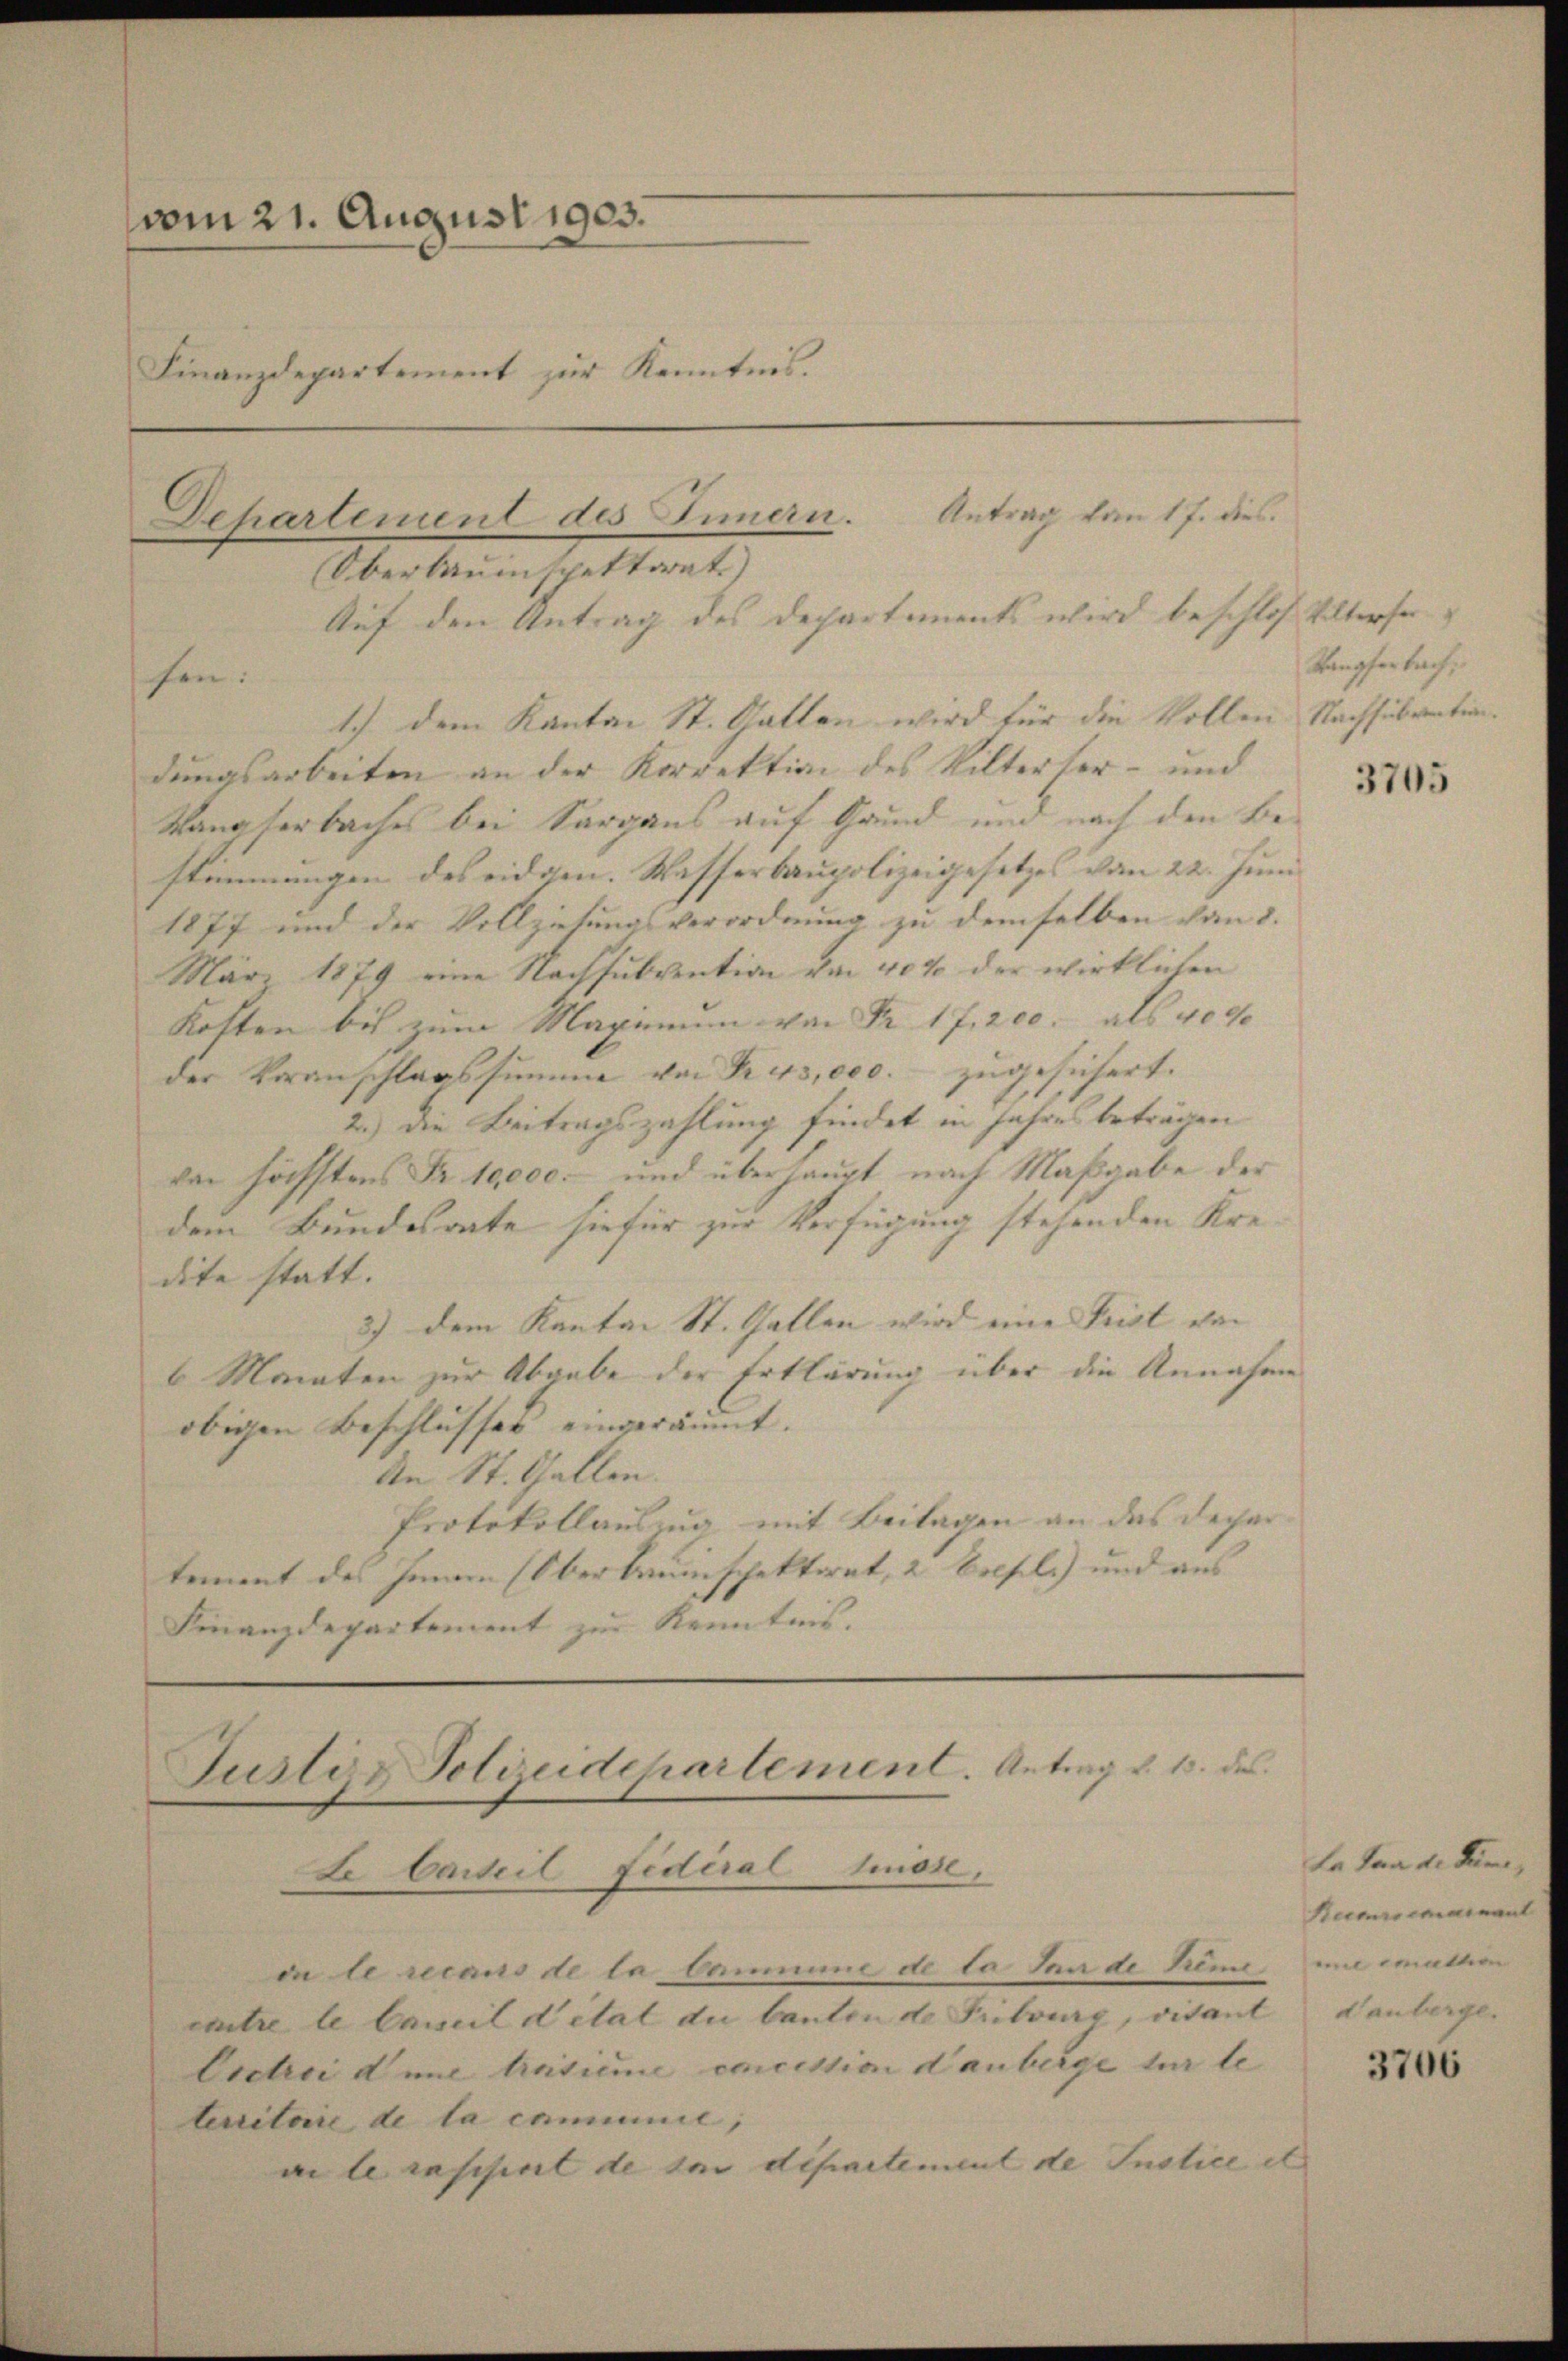
vom 21. August 1903.
Finanzdepartement zur Kenntnis.

Departement des Innern. Antrag von 17. dies
Oberbauinspektorat)

Auf den Antrag des Departements wird beschloß hielterse
fen:
1.) Dem Kanton St. Gatten wird für die Vollen Nachsubvention
dungsarbeiten an der Korrektion des Vilterser- und
Rangserbaches bei Sargaus auf Grund und nach den Bestimmungen des eidgen. Wasserbaupolizeigesetzes vom 22. Juni
1877 und der Vollziehungsverordnung zu demselben von 8.
März 1879 eine Nachsubvention von 40% der wirklichen
Kosten bis zum Maximum von Nr. 17. 200. als 4000
der Voranschlagssumme von Kre3,000. zugesichert.
2.) Die Beitragszahlung findet in Jahres beträgen
von höchstens Fr. 10,000.- und überhaupt nach Maßgabe der
dem Bundesrate sie für zur Verfügung stehenden Kredite statt.
3) dem Kanton St. Gallen wird eine Frist von |
6 Monaten zur Abgabe der Erklärung über die Annahme
obigen Beschlusses eingeräumt.
An St. Gallen.
Protokollauszug mit Beilagen an das Depar
tement des Innen (Obertraunschektorat, 2 Felsel) und aus
Finanzdepartement zur Kenntnis.

Justiz Soldeidchartement. Antrag d. 1. des
Le Carteil Fideral Mose,

in le recaus de la baumane de la Sande Reme, und emation
entre le Camildetal du bauten de Fribourg, vitant danberge.
Coctici d mit Ansieme concestion danberge für te
tenitare de la cammie,
aile erschiert de sei dipartement de Instice et

Rangferbach,

3705

La Pand. Durc
Recursemariant

3706